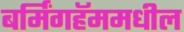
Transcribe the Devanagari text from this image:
बर्मिंगहॅममधील